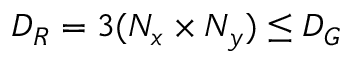
D _ { R } = 3 ( N _ { x } \times N _ { y } ) \le D _ { G }